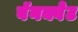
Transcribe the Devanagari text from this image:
बॅनक्वेट